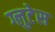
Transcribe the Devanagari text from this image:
ग्लुटेस